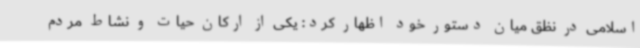
اسلامی در نظق میان دستور خود اظهار کرد: یکی از ارکان حیات و نشاط مردم